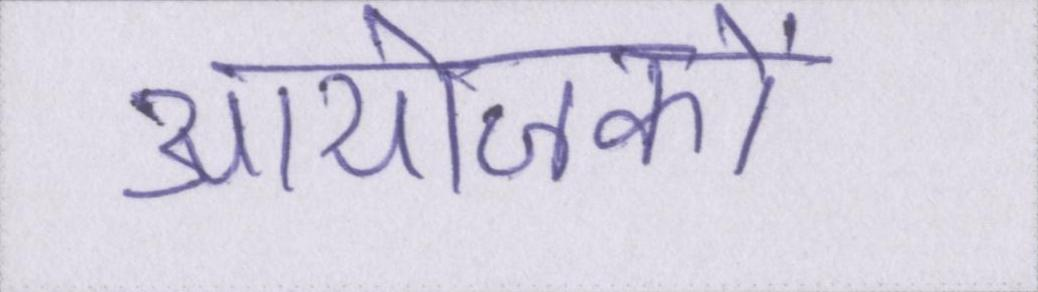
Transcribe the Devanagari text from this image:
आयोजकों